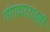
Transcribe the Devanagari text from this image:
गंगाधररावही